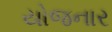
યોજનાર